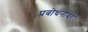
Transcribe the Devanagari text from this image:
प्रबोधनावर